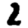
Digit: 2